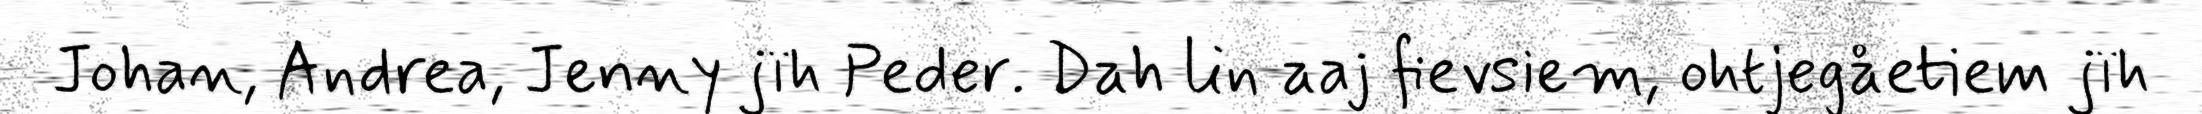
Johan, Andrea, Jenny jïh Peder. Dah lin aaj fievsiem, ohtjegåetiem jïh